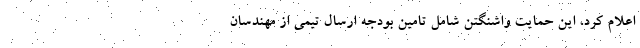
اعلام کرد، این حمایت واشنگتن شامل تامین بودجه ارسال تیمی از مهندسان